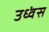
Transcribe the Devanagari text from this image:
उध्वंस